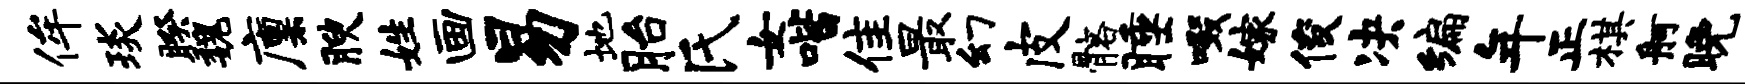
侔琰睽魏廪腴姓画易地胎氏女喈隹最幻皮髂睡啜嫁俊决编年正棋舸晚